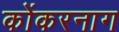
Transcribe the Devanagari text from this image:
कोंकरनाग